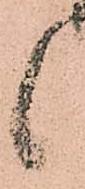
候